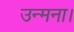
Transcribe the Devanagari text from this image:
उन्मना।